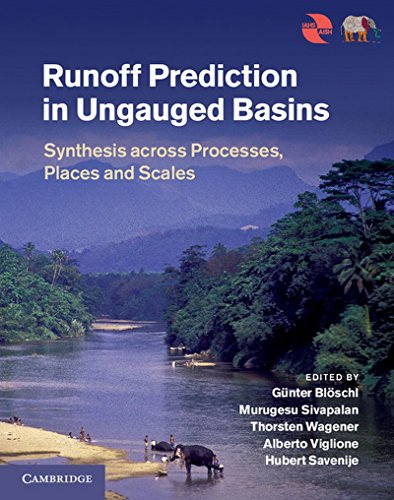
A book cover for Runoff Prediction in Ungauged Basins: Synthesis across Processes, Places and Scales; Science & Math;